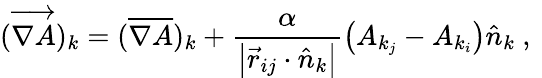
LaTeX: (\overrightarrow{\nabla A})_{k}=(\overline{{\nabla A}})_{k}+\frac{\alpha}{\left|\vec{r}_{ij}\cdot\hat{n}_{k}\right|}\left(A_{k_{j}}-A_{k_{i}}\right)\hat{n}_{k}\mathrm{~,~}